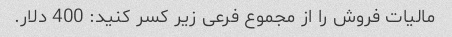
مالیات فروش را از مجموع فرعی زیر کسر کنید: 400 دلار.